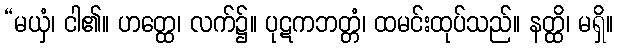
“မယှံ၊ ငါ၏။ ဟတ္ထေ၊ လက်၌။ ပုဋကဘတ္တံ၊ ထမင်းထုပ်သည်။ နတ္ထိ၊ မရှိ။